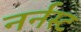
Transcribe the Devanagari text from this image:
नर्नस्ट